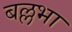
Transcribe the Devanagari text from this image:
बल्लभा